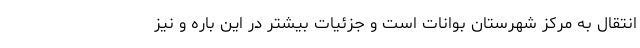
انتقال به مرکز شهرستان بوانات است و جزئیات بیشتر در این باره و نیز